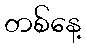
တစ်နေ့